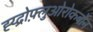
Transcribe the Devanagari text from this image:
ह्य्द्रोफ़्लुओरोकर्बोन